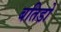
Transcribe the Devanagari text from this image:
बतिडो